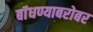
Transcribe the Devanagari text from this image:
बांधण्याबरोबर